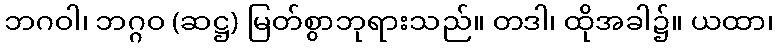
ဘဂဝါ၊ ဘဂ္ဂဝ (ဆဋ္ဌ) မြတ်စွာဘုရားသည်။ တဒါ၊ ထိုအခါ၌။ ယထာ၊